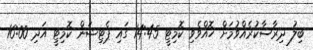
ބިލު ދިރާސާކުރެއްވުމަށް ހޮއްވެވި ކޮމިޓީ 14:45 ގައި ޕެޓިޝަން ކޮމިޓީ އަދި 16:00